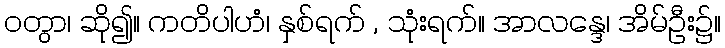
ဝတွာ၊ ဆို၍။ ကတိပါဟံ၊ နှစ်ရက် , သုံးရက်။ အာလန္ဒေ၊ အိမ်ဦး၌။